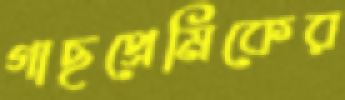
গাছপ্রেমিকের